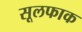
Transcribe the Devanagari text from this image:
सूलफाक